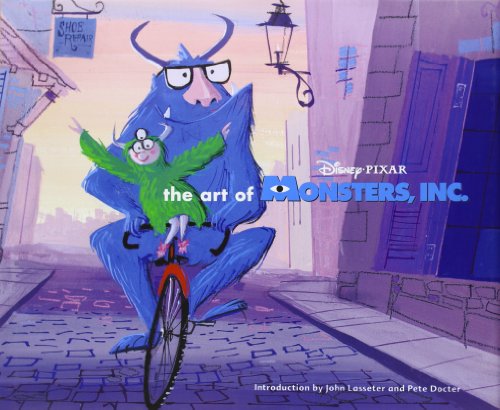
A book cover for The Art of Monsters, Inc.; Arts & Photography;